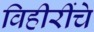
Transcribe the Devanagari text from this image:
विहीरींचे